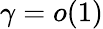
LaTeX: \gamma=o(1)